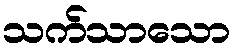
သက်သာသော